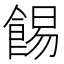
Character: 𩛿